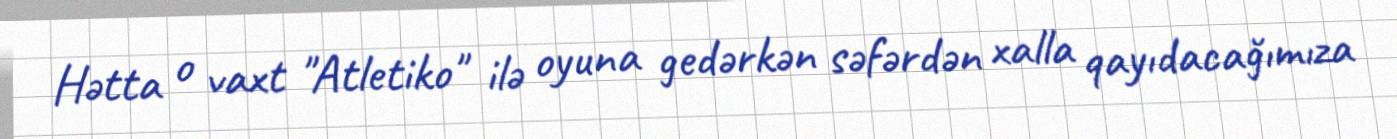
Hətta o vaxt "Atletiko" ilə oyuna gedərkən səfərdən xalla qayıdacağımıza